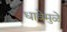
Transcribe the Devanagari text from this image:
धावेमुळे